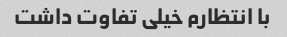
با انتظارم خیلی تفاوت داشت